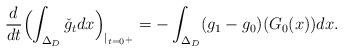
LaTeX: \begin{align*}\frac{d}{dt}\Bigl(\int_{\Delta_D}\check{g}_tdx\Bigr)_{|_{t=0^+}}=-\int_{\Delta_D}(g_1-g_0)(G_0(x))dx.\end{align*}